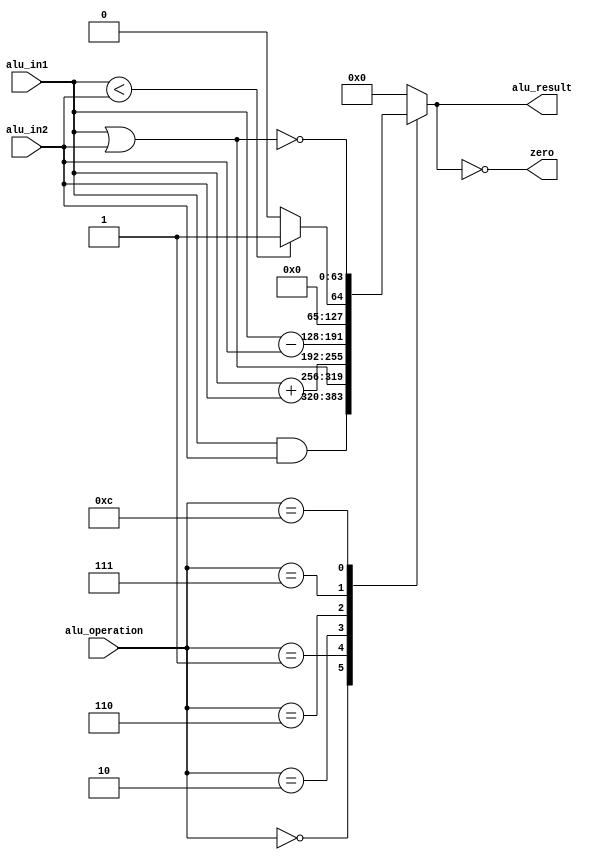

/*********************************************************/
/***********************  ALU   **************************/

module alu #(parameter data_length = 64)
			(	input [3:0] alu_operation ,
				input [data_length-1:0] alu_in1, alu_in2,
				output reg [data_length-1:0] alu_result,
				output zero 
			);
			
	parameter 	and_op 	= 4'b0000,
				or_op 	= 4'b0001,
				add 	= 4'b0010,
				sub 	= 4'b0110,
				slt 	= 4'b0111,
				nor_op 	= 4'b1100;
				
assign zero = (alu_result == 0) ;				
				
always @(*) begin
	case(alu_operation)
		and_op 	: alu_result = alu_in1 & alu_in2 ;
		or_op 	: alu_result = alu_in1 | alu_in2 ;
		add 	: alu_result = alu_in1 + alu_in2 ;
		sub 	: alu_result = alu_in1 - alu_in2 ;
		slt 	: alu_result = (alu_in1 < alu_in2) ? 1 : 0 ;
		nor_op 	: alu_result = ~(alu_in1 | alu_in2) ;
      default : alu_result = 0 ;
    endcase
end
	
endmodule


/*********************************************************/
/**********************ALU-CONTROL************************/

module alu_control (input [1:0] 	ALU_Op,
					input 			funct7, 
					input [2:0]		funct3,
					output reg [3:0]operation
					) ;
				
always @(*) begin
	casex ({ALU_Op, funct7, funct3})      
      	6'b00xxxx : operation = 4'b0010 ;
		6'bx1xxxx : operation = 4'b0110 ;
		6'b1x0000 : operation = 4'b0010 ;
		6'b1x1000 : operation = 4'b0110 ;
		6'b1x0111 : operation = 4'b0000 ;
		6'b1x0110 : operation = 4'b0001 ;
		default   : operation = 4'bzzzz ; 
	endcase
end
endmodule